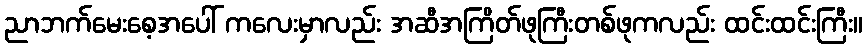
ညာဘက်မေးစေ့အပေါ် ကလေးမှာလည်း အဆီအကြိတ်ဖုကြီးတစ်ဖုကလည်း ထင်းထင်းကြီး။